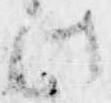
此